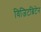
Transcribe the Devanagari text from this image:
विजिटब्रिटेन